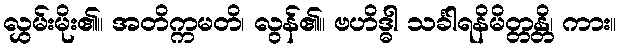
လွှမ်းမိုး၏။ အတိက္ကမတိ၊ လွန်၏။ ဗဟိဒ္ဓါ သင်္ခါရနိမိတ္တန္တိ၊ ကား။